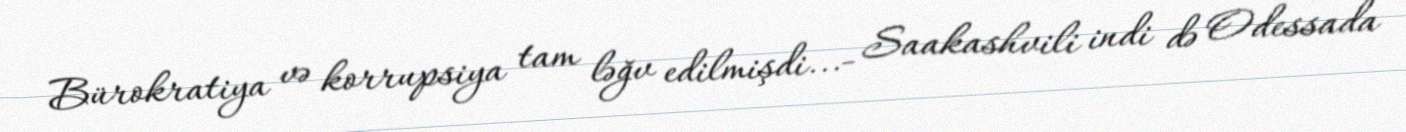
Bürokratiya və korrupsiya tam ləğv edilmişdi...- Saakashvili indi də Odessada